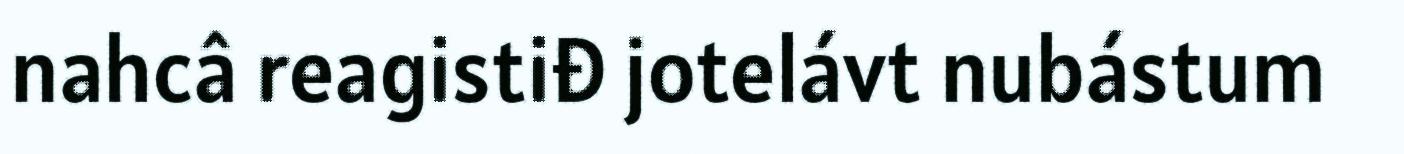
nahcâ reagistiđ jotelávt nubástum